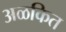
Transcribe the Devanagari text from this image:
अळकित